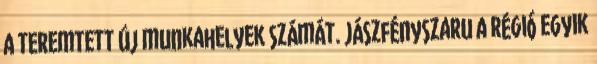
a teremtett új munkahelyek számát. Jászfényszaru a régió egyik